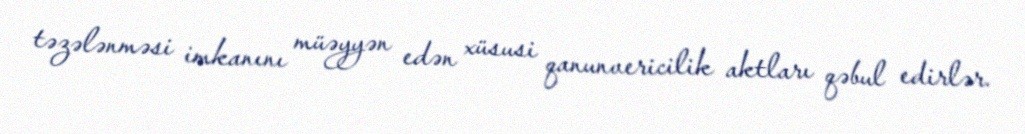
təzələnməsi imkanını müəyyən edən xüsusi qanunvericilik aktları qəbul edirlər.